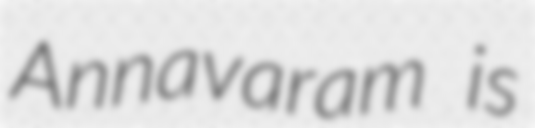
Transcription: Annavaram is